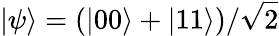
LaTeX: |\psi\rangle=(|00\rangle+|11\rangle)/\sqrt{2}